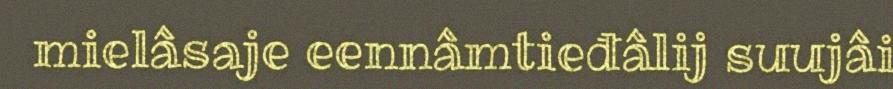
mielâsaje eennâmtieđâlij suujâi